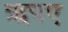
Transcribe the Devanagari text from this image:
ऋपए